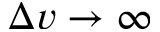
\Delta v \to \infty